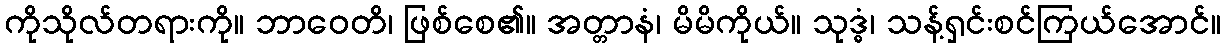
ကိုသိုလ်တရားကို။ ဘာဝေတိ၊ ဖြစ်စေ၏။ အတ္တာနံ၊ မိမိကိုယ်။ သုဒ္ဓံ၊ သန့်ရှင်းစင်ကြယ်အောင်။